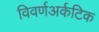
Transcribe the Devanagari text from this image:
विवर्णअर्कटिक